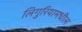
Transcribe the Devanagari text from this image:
लिगुरियामधील